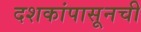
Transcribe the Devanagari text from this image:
दशकांपासूनची